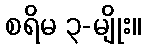
စရိမ ၃-မျိုး။